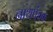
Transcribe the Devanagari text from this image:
नाथपंचक